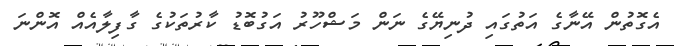
އެގޮތުން އޭނާގެ އަތުގައި ދުނިޔޭގެ ނަން މަޝްހޫރު އަގުބޮޑު ކާރުތަކުގެ ގާފިލާއެއް އޮންނަ